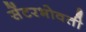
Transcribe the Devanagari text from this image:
सेंटरभोवती